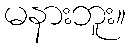
မနားဘူး။